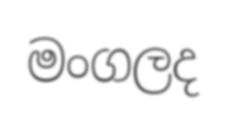
මංගලද